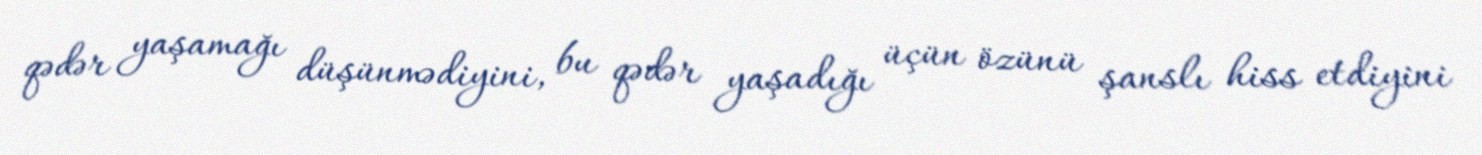
qədər yaşamağı düşünmədiyini, bu qədər yaşadığı üçün özünü şanslı hiss etdiyini